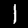
Digit: 1